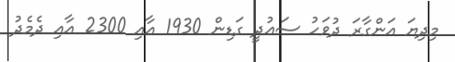
މިދިޔަ އަންގާރަ ދުވަހު ސަޢުދީ ގަޑިން 1930 އާއި 2300 އާއި ދެމެދު